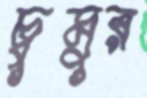
চুমুর